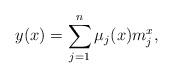
LaTeX: \begin{align*} y(x)=\sum_{j=1}^{n} \mu _j(x) m_j^x, \end{align*}